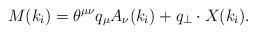
LaTeX: \begin{align*}M(k_i) = \theta^{\mu \nu} q_{\mu} A_{\nu}(k_i) + q_{\perp} \cdot X (k_i).\end{align*}